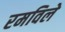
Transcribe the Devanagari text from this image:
रमविले